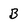
Character: B